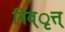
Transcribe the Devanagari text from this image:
निव्ृत्त्